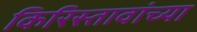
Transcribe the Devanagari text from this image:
किरिस्तावांच्या